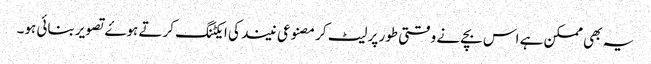
یہ بھی ممکن ہے اس بچے نے وقتی طور پر لیٹ کر مصنوعی نیند کی ایکٹنگ کرتے ہوۓ تصویر بنائی ہو۔